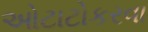
ઓટાટોકરવા